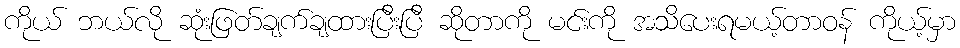
ကိုယ် ဘယ်လို ဆုံးဖြတ်ချက်ချထားပြီးပြီ ဆိုတာကို မင်းကို အသိပေးရမယ့်တာဝန် ကိုယ့်မှာ